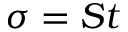
\sigma = S t